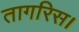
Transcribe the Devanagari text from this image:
तागरिस।